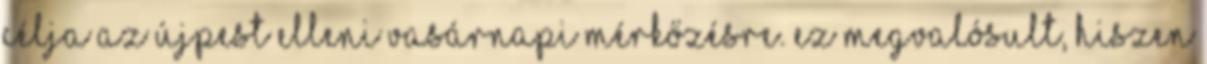
célja az Újpest elleni vasárnapi mérkőzésre. Ez megvalósult, hiszen